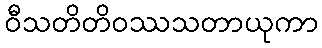
ဝီသတိတိဝဿသတာယုကာ